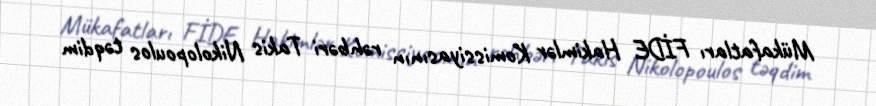
Mükafatları FİDE Hakimlər Komissiyasının rəhbəri Takis Nikolopoulos təqdim